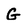
Character: G